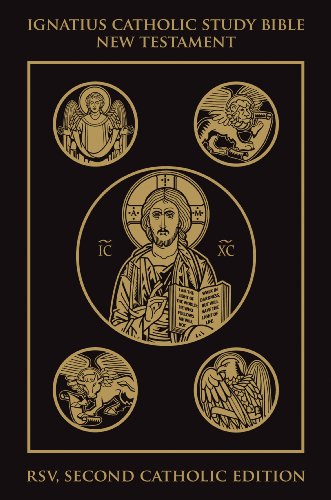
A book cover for Ignatius Catholic Study Bible: New Testament; Christian Books & Bibles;